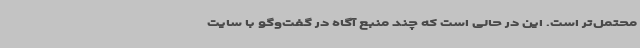
محتمل‌تر است. این در حالی است که چند منبع آگاه در گفت‌وگو با سایت